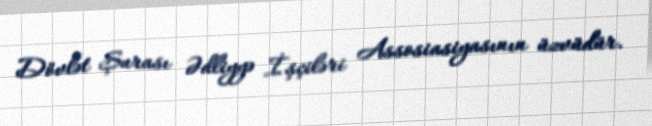
Dövlət Şurası Ədliyyə İşçiləri Assosiasiyasının üzvüdür.